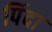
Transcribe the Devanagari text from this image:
पिंदा